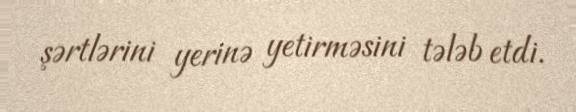
şərtlərini yerinə yetirməsini tələb etdi.